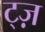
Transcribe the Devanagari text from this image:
ट्ज़